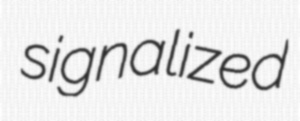
signalized